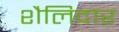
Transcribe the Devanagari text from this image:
शैलिदार